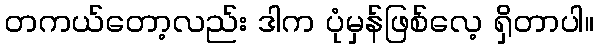
တကယ်တော့လည်း ဒါက ပုံမှန်ဖြစ်လေ့ ရှိတာပါ။